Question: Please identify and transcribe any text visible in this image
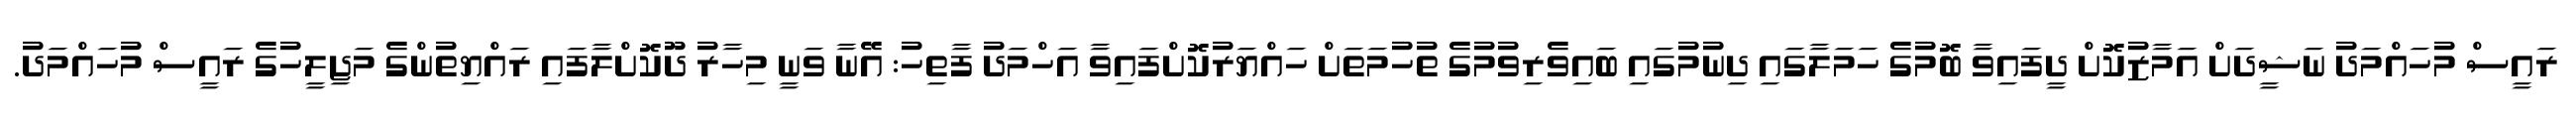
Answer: ރައީސް މުހައްމަދު ނަޝީދަށް އަމާޒުކޮށް ދީފައިވާ ބޮމުގެ ހަމަލާގައި ދިނުމުގައި ބައިވެރިވުމުގެ ތުހުމަތަށް ހައްޔަރުކޮށްފައިވާ އަހްމަދު ފާތިހު: އޭނާ ވަނީ މިހާރު ދޫކޮށްލާފައި ރައްޔިތުންގެ މަޖިލީހުގެ ރައީސް މުހައްމަދު.